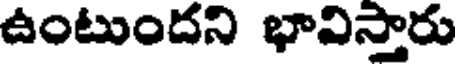
ఉంటుందని భావిస్తారు